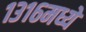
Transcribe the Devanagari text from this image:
१३१६मध्ये